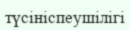
түсініспеушілігі